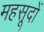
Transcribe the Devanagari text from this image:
महसूदों